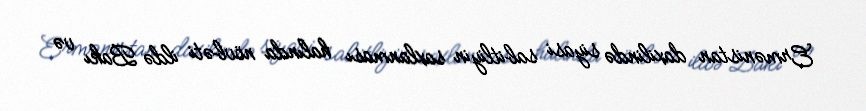
Ermənistan daxilində siyasi sabitliyin saxlanması halında növbəti ildə Bakı və